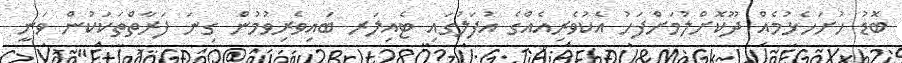
ބޮޑު ހުށަހެޅުމެއް ދޫކޮށްލުމަށްފަހު އެކުވެރިއެއްގެ އުފަލުގައި ޓެއިލަރ ބައިވެރިވުމުން ގިނަ ފަރާތްތަކަކުން ވަނީ